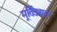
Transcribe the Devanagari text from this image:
मूर्तिज्ञान